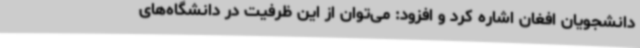
دانشجویان افغان اشاره کرد و افزود: می‌توان از این ظرفیت در دانشگاه‌های